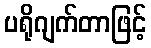
ပရိုဂျက်တာဖြင့်